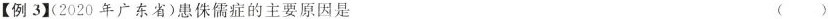
【例3](2020年广东省)患侏儒症的主要原因是 ()